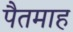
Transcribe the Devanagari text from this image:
पैतमाह